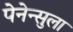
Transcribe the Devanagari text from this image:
पेनेन्सुला